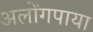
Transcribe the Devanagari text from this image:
अलोंगपाया